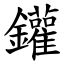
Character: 鑵